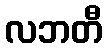
လဘတီ